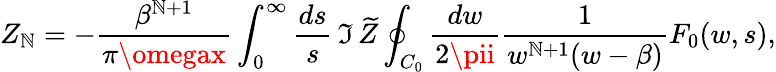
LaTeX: Z_{\mathbb{N}}=-{\frac{{\beta^{\mathbb{N}+1}}}{{\pi\omegax}}}\int_{0}^{\infty}{\frac{{ds}}{{s}}}\, \Im\, \widetilde{Z}\oint_{C_{0}}{\frac{{dw}}{{2\pii}}}{\frac{{1}}{{w^{\mathbb{N}+1}(w-\beta)}}}F_{0}(w,s),